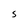
Character: S